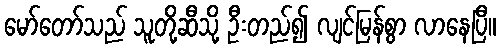
မော်တော်သည် သူတို့ဆီသို့ ဦးတည်၍ လျင်မြန်စွာ လာနေပြီ။